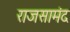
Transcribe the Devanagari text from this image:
राजसामंद